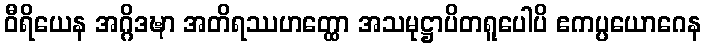
ဝီရိယေန အဂ္ဂိဒဍ္ဎာ အတိရဿဟတ္ထော အသမုဋ္ဌာပိတရူပေါပိ ဧကပ္ပယောဂေန